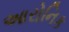
આરોનિક